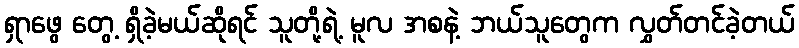
ရှာဖွေ တွေ့ ရှိခဲ့မယ်ဆိုရင် သူတို့ရဲ့ မူလ အစနဲ့ ဘယ်သူတွေက လွှတ်တင်ခဲ့တယ်